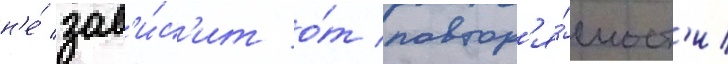
н'е́ зав'и́с'ит о́т повтор'я́емост'и